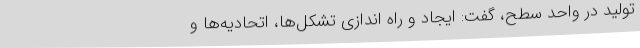
تولید در واحد سطح، گفت: ایجاد و راه اندازی تشکل‌ها، اتحادیه‌ها و